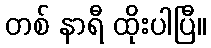
တစ် နာရီ ထိုးပါပြီ။